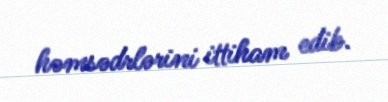
həmsədrlərini ittiham edib.